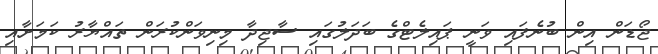
ޖޯޑަން އިން ބުނެފައި ވަނީ ޕައިލެޓްގެ ބަދަލުގައި ސާޖިދާ މިނިވަންކުރަން ތައްޔާރު ކަމަށާއި